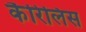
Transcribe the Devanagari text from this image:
कैरिलिस